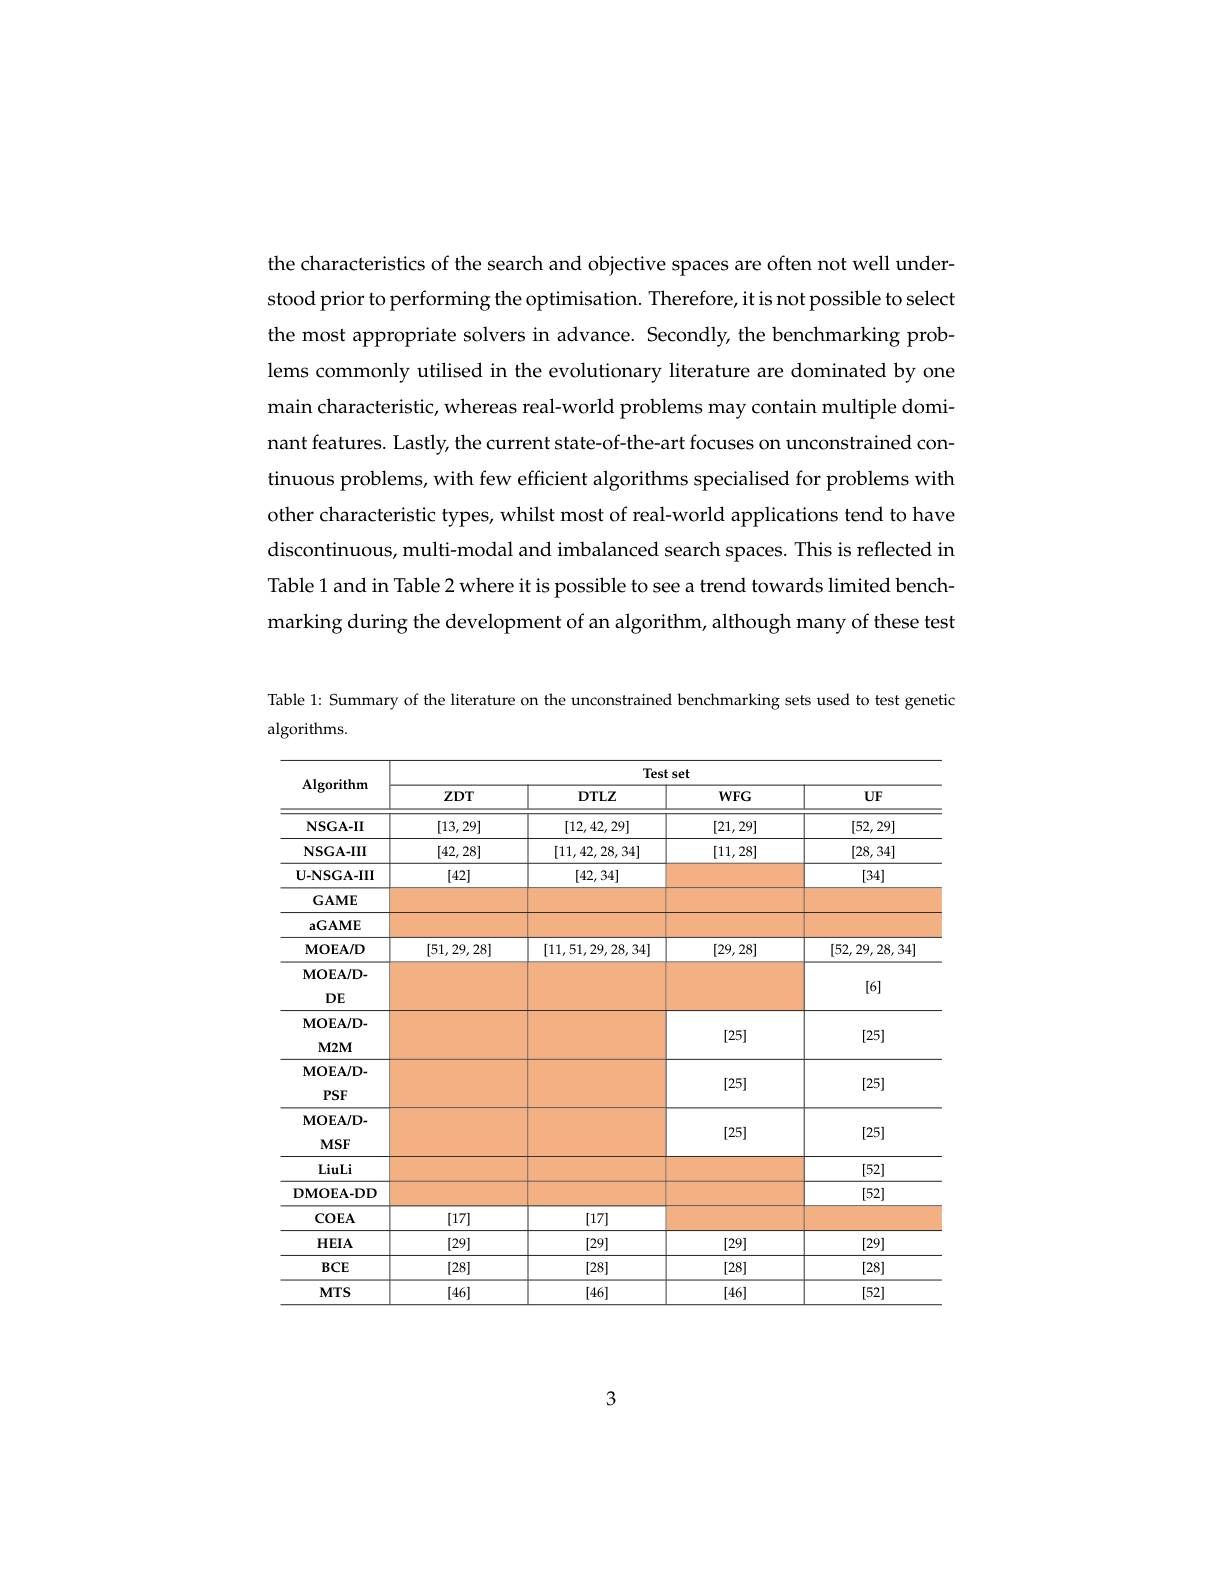
the characteristics of the search and objective spaces are often not well understood prior to performing the optimisation. Therefore, it is not possible to select the most appropriate solvers in advance. Secondly, the benchmarking problems commonly utilised in the evolutionary literature are dominated by one main characteristic, whereas real-world problems may contain multiple dominant features. Lastly, the current state-of-the-art focuses on unconstrained continuous problems, with few efficient algorithms specialised for problems with other characteristic types, whilst most of real-world applications tend to have discontinuous, multi-modal and imbalanced search spaces. This is reflected in Table 1 and in Table 2 where it is possible to see a trend towards limited benchmarking during the development of an algorithm, although many of these test

Table 1: Summary of the literature on the unconstrained benchmarking sets used to test genetic
algorithms.

<table>
	<tbody>
		<tr>
			<th rowspan="2">Algorithm</th>
			<th colspan="4">Test set</th>
		</tr>
		<tr>
			<th>$ZDT$</th>
			<th>$DTLZ$</th>
			<th>$WFG$</th>
			<th>$UF$</th>
		</tr>
		<tr>
			<td>$\mathbf{NSGA-II}$</td>
			<td>[13,29]</td>
			<td>[12,42,29]</td>
			<td>[21,29]</td>
			<td>[52,29]</td>
		</tr>
		<tr>
			<td>$\mathbf{NSGA-III}$</td>
			<td>[42,28]</td>
			<td>[11,42,28,34]</td>
			<td>[11,28]</td>
			<td>[28,34]</td>
		</tr>
		<tr>
			<td>$\mathbf{U-NSGA-III}$</td>
			<td>[42]</td>
			<td>[42,34]</td>
			<td> </td>
			<td>[34]</td>
		</tr>
		<tr>
			<td>$\mathbf{GAME}$</td>
			<td> </td>
			<td> </td>
			<td> </td>
			<td> </td>
		</tr>
		<tr>
			<td>$\mathbf{aGAME}$</td>
			<td> </td>
			<td> </td>
			<td> </td>
			<td> </td>
		</tr>
		<tr>
			<td>$\mathbf{MOEA/D}$</td>
			<td>[51,29,28]</td>
			<td>[11,51,29,28,34]</td>
			<td>[29,28]</td>
			<td>[52,29,28,34]</td>
		</tr>
		<tr>
			<td>$\mathbf{MOEA/D-}$</td>
			<td> </td>
			<td> </td>
			<td> </td>
			<td rowspan="2">[6]</td>
		</tr>
		<tr>
			<td>$DE$</td>
			<td> </td>
			<td> </td>
			<td> </td>
		</tr>
		<tr>
			<td>$\mathbf{MOEA/D-}$</td>
			<td> </td>
			<td> </td>
			<td>fne</td>
			<td rowspan="2">[25]</td>
		</tr>
		<tr>
			<td>$M2M$</td>
			<td> </td>
			<td> </td>
			<td>$\left|{\mathbf{L}}\right|$</td>
		</tr>
		<tr>
			<td>$\mathbf{MOEA/D-}$</td>
			<td> </td>
			<td> </td>
			<td rowspan="2">[25]</td>
			<td rowspan="2">[25]</td>
		</tr>
		<tr>
			<td>$PSF$</td>
			<td> </td>
			<td> </td>
		</tr>
		<tr>
			<td>$\mathbf{MOEA/D-}$</td>
			<td> </td>
			<td> </td>
			<td rowspan="2">[25]</td>
			<td rowspan="2">[25]</td>
		</tr>
		<tr>
			<td>$MSF$</td>
			<td> </td>
			<td> </td>
		</tr>
		<tr>
			<td>LiuLi</td>
			<td> </td>
			<td> </td>
			<td> </td>
			<td>[52]</td>
		</tr>
		<tr>
			<td>DMOEA-DD</td>
			<td> </td>
			<td> </td>
			<td> </td>
			<td>[52]</td>
		</tr>
		<tr>
			<td>$COEA$</td>
			<td>[17]</td>
			<td>[17]</td>
			<td> </td>
			<td> </td>
		</tr>
		<tr>
			<td>$HEIA$</td>
			<td>[29]</td>
			<td>[29]</td>
			<td>[29]</td>
			<td>[29]</td>
		</tr>
		<tr>
			<td>$BCE$</td>
			<td>[28]</td>
			<td>[28]</td>
			<td>[28]</td>
			<td>[28]</td>
		</tr>
		<tr>
			<td>$MTS$</td>
			<td>[46]</td>
			<td>[46]</td>
			<td>[46]</td>
			<td>[52]</td>
		</tr>
	</tbody>
</table>

3